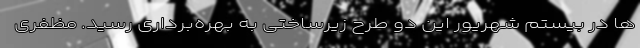
ها در بیستم شهریور این دو طرح زیرساختی به بهره‌برداری رسید. مظفری